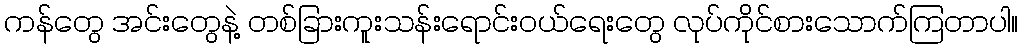
ကန်တွေ အင်းတွေနဲ့ တစ်ခြားကူးသန်းရောင်းဝယ်ရေးတွေ လုပ်ကိုင်စားသောက်ကြတာပါ။